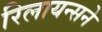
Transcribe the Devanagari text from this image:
रिलायन्सने